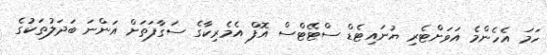
ހަމަ އެހެންމެ އަވަށްޓެރި ޔުނައިޓެޑް ސްޓޭޓްސް އޮފް އެމެރިކާގެ ސަގާފަތަށް އަންނަ ބަދަލުތަކުގެ